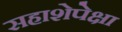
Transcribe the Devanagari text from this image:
सहाशेपेक्षा